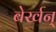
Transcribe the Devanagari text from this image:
बेर्खन्